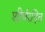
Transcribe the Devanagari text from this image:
शीर्षरहित